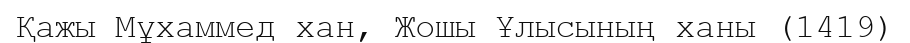
Қажы Мұхаммед хан, Жошы Ұлысының ханы (1419)